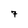
Character: 7